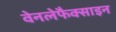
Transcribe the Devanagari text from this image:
वेनलेफैक्साइन